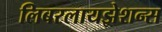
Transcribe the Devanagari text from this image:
लिबरलायझेशन्स